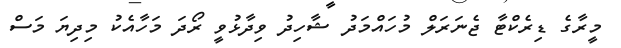
މީރާގެ ޑިރެކްޓާ ޖެނަރަލް މުހައްމަދު ޝާހިދު ވިދާޅުވީ ރޯދަ މަހާއެކު މިދިޔަ މަސް